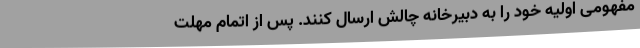
مفهومی اولیه خود را به دبیرخانه چالش ارسال کنند. پس از اتمام مهلت